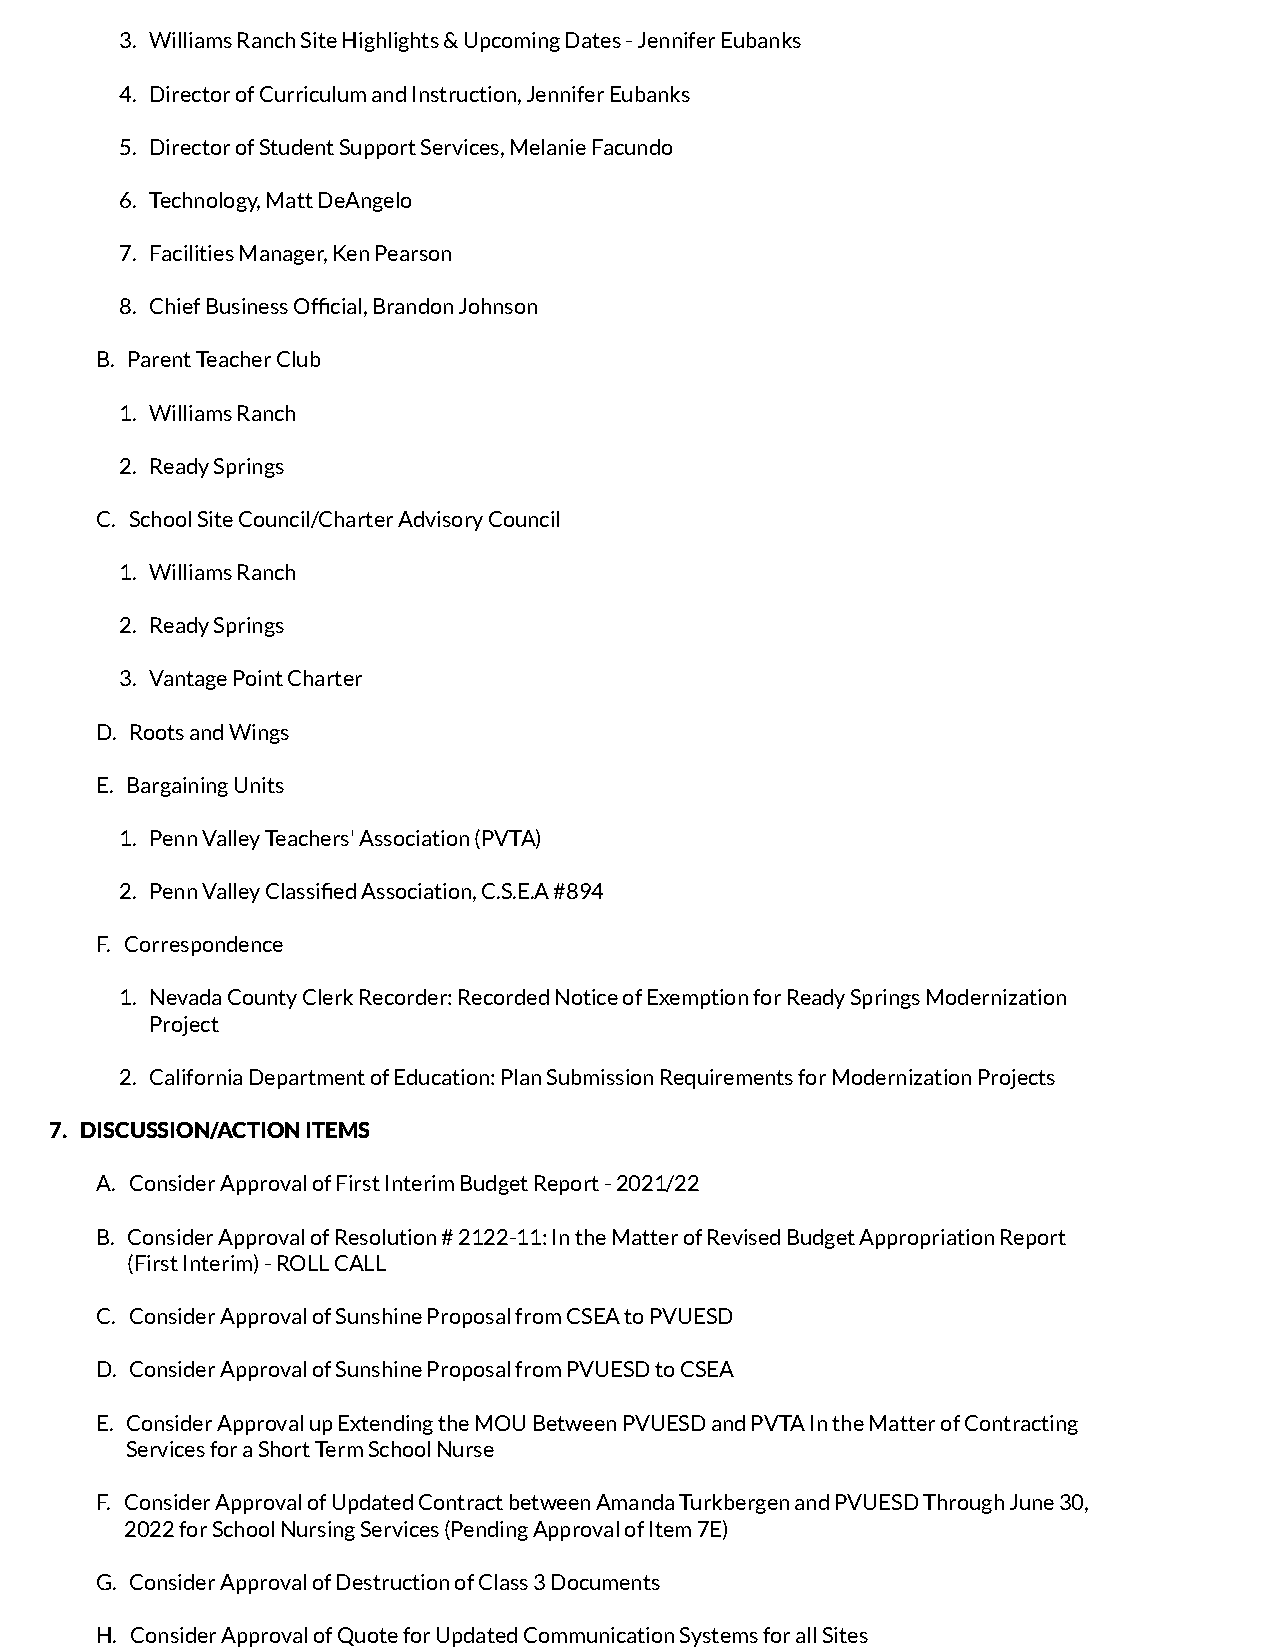
3. Williams Ranch Site Highlights & Upcoming Dates - Jennifer Eubanks
 4. Director of Curriculum and Instruction, Jennifer Eubanks
 5. Director of Student Support Services, Melanie Facundo
 6. Technology, Matt DeAngelo
 7. Facilities Manager, Ken Pearson
 8. Chief Business Ofcial, Brandon Johnson
 B. Parent Teacher Club
 1. Williams Ranch
 2. Ready Springs
 C. School Site Council/Charter Advisory Council
 1. Williams Ranch
 2. Ready Springs
 3. Vantage Point Charter
 D. Roots and Wings
 E. Bargaining Units
 1. Penn Valley Teachers' Association (PVTA)
 2. Penn Valley Classied Association, C.S.E.A #894
 F. Correspondence
 1. Nevada County Clerk Recorder: Recorded Notice of Exemption for Ready Springs Modernization
 Project
 2. California Department of Education: Plan Submission Requirements for Modernization Projects
 7. DISCUSSION/ACTION ITEMS
 A. Consider Approval of First Interim Budget Report - 2021/22
 B. Consider Approval of Resolution # 2122-11: In the Matter of Revised Budget Appropriation Report
 (First Interim) - ROLL CALL
 C. Consider Approval of Sunshine Proposal from CSEA to PVUESD
 D. Consider Approval of Sunshine Proposal from PVUESD to CSEA
 E. Consider Approval up Extending the MOU Between PVUESD and PVTA In the Matter of Contracting
 Services for a Short Term School Nurse
 F. Consider Approval of Updated Contract between Amanda Turkbergen and PVUESD Through June 30,
 2022 for School Nursing Services (Pending Approval of Item 7E)
 G. Consider Approval of Destruction of Class 3 Documents
 H. Consider Approval of Quote for Updated Communication Systems for all Sites